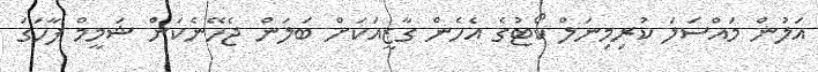
އަލުން މައްސަލަ ކުރިމިނަލް ކޯޓުގެ އެހެން ގާޒީއަކަށް ބަލަން ޖެހޭނެކަން ޝަމީމް ފާހަގަ